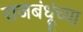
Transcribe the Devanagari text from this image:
राजबंधूंच्या